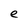
Character: e